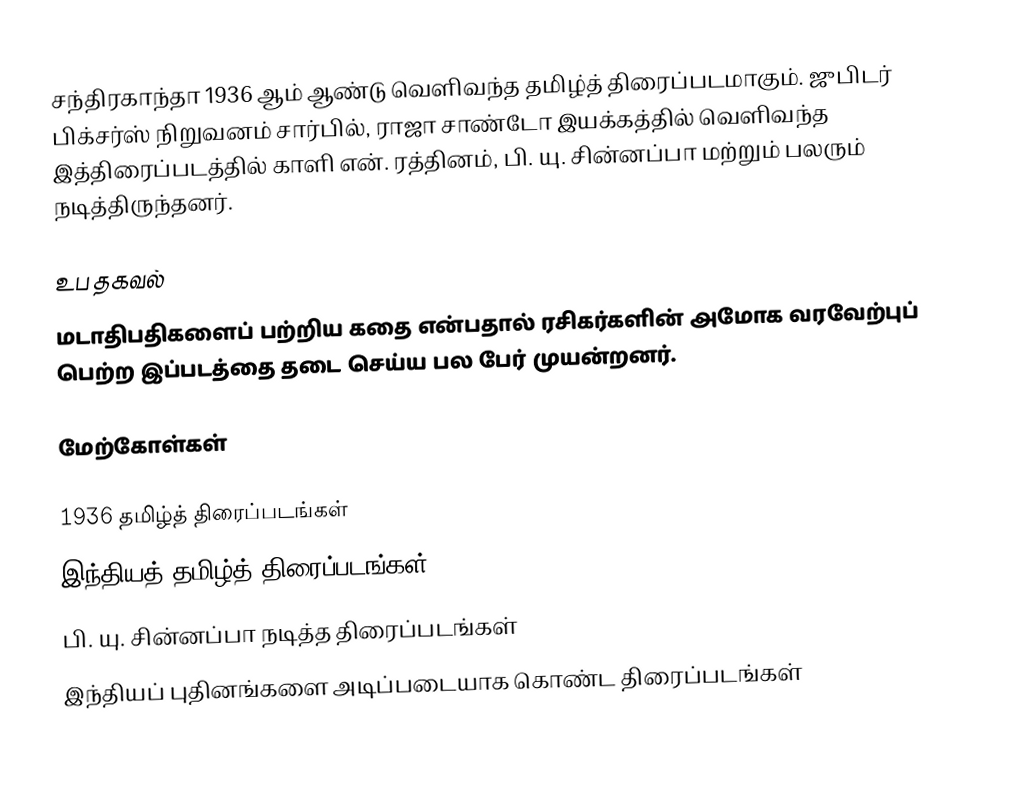
சந்திரகாந்தா 1936 ஆம் ஆண்டு வெளிவந்த தமிழ்த் திரைப்படமாகும். ஜுபிடர் பிக்சர்ஸ் நிறுவனம் சார்பில், ராஜா சாண்டோ இயக்கத்தில் வெளிவந்த இத்திரைப்படத்தில் காளி என். ரத்தினம், பி. யு. சின்னப்பா மற்றும் பலரும் நடித்திருந்தனர்.

உப தகவல்
மடாதிபதிகளைப் பற்றிய கதை என்பதால் ரசிகர்களின் அமோக வரவேற்புப் பெற்ற இப்படத்தை தடை செய்ய பல பேர் முயன்றனர்.

மேற்கோள்கள்

1936 தமிழ்த் திரைப்படங்கள்
இந்தியத் தமிழ்த் திரைப்படங்கள்
பி. யு. சின்னப்பா நடித்த திரைப்படங்கள்
இந்தியப் புதினங்களை அடிப்படையாக கொண்ட திரைப்படங்கள்